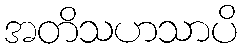
အတိသဟသာပိ